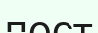
пост